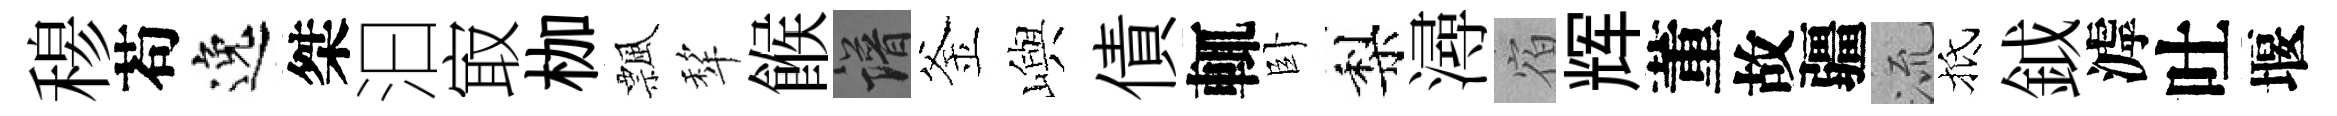
𥠇苟逸桀汩㝡枷飄犂餱譜釜嶼債輒卧梨潯宿辉董故疆𣴑抵鉞滹吐堰